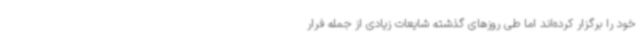
خود را برگزار کرده‌اند اما طی روزهای گذشته شایعات زیادی از جمله فرار